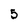
Character: 5